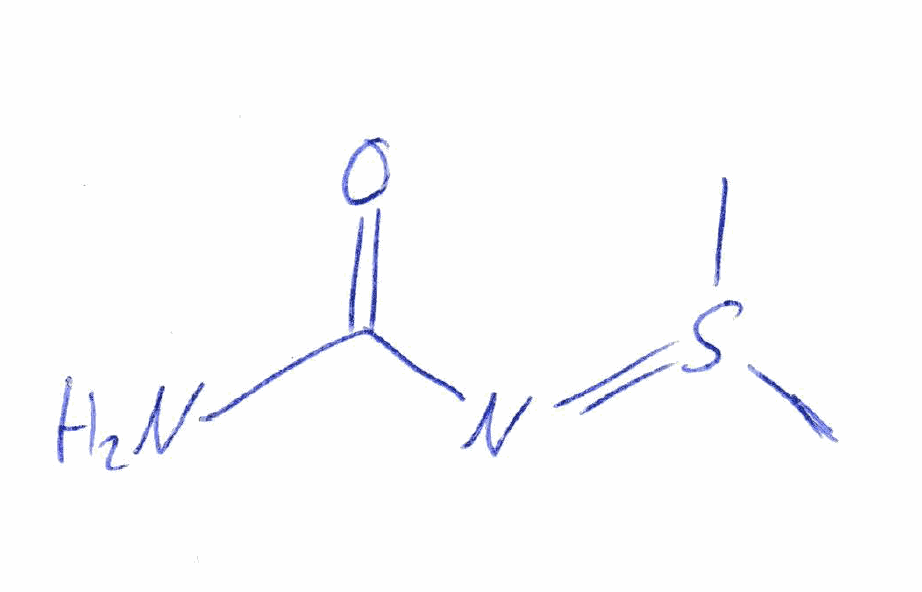
Simplified molecular-input line-entry system (SMILES) notation of the given molecule:
CS(=NC(=O)N)C